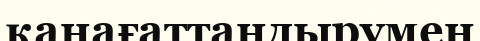
қанағаттандырумен